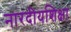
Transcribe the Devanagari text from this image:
नारदीयशिक्षा